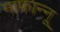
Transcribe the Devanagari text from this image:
माफान्नू